Civil Veterinary Department Bihar & Orissa reports 1929-36 - 1929-1936
Year: 1929
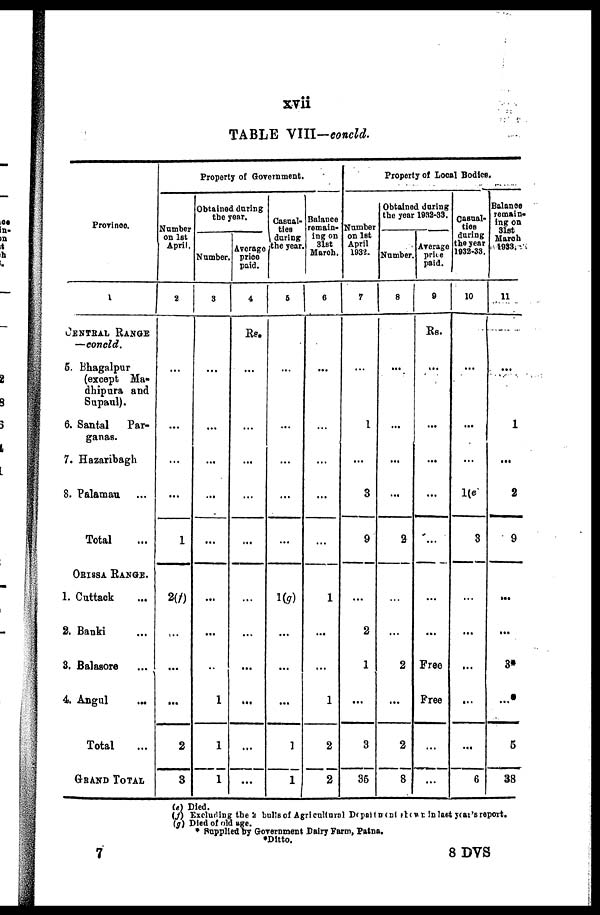
xvii
TABLE VIII-concld.
Province.
1
CENTRAL RANGE
—concld.
5. Bhagalpur
(except Ma-
dhipura and
Supaul).
6. Santal
Par-
ganas.
7. Hazaribagh
8. Palamau ...
Total ...
ORISSA RANGE.
1. Cuttack ...
2. Banki ...
3. Baolasore ...
4. Angul ...
Total ...
GRAND TOTAL
Property of Government
Number
on 1st
April.
2
...
...
...
...
1
2(f)
...
...
...
2
3
Obtained during
the year.
Number
3
...
...
...
...
...
...
...
...
1
1
1
Average
price
paid.
4
Rs.
...
...
...
...
...
...
...
...
...
...
...
Casual-
ties
during
the year
6
...
...
...
...
...
1(g)
...
...
...
1
1
Balance
remain-
ing on
31st
March.
6
...
...
...
...
...
1
...
...
1
2
2
Property of Local Bodies.
Number
on 1st
April
1932.
7
...
1
...
3
9
...
2
1
...
3
36
Obtained during
the year 1932-33.
Number
8
...
...
...
...
2
...
...
2
...
2
8
Average
price
paid.
9
Rs.
...
...
...
...
...
...
...
Free
Free
...
...
Casual-
ties
during
the year
1932-33.
10
...
...
...
1(e)
3
...
...
...
...
...
6
Balance
remain-
ing on
31st
March
1933.
11
...
1
...
2
9
...
...
3*
...
5
38
(e) Died.
(f) Excluding the 2 bulls of Agricultural Department growth in last year's report.
(g) Died of old age.
* Supplied by Government Dairy Farm, Patna.
* Ditto.
8 DVS
7